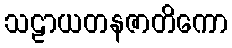
သဠာယတနဇာတိကော